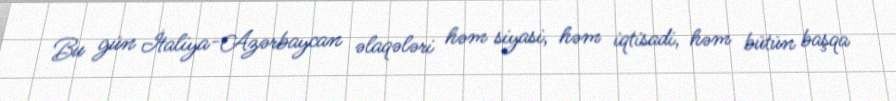
Bu gün İtaliya-Azərbaycan əlaqələri həm siyasi, həm iqtisadi, həm bütün başqa